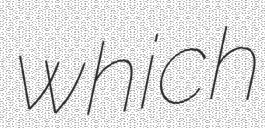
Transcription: which